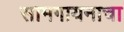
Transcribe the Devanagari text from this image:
सामगायनाचा